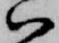
ハ